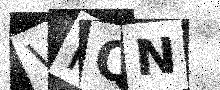
Text: VNQN